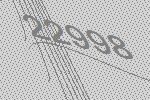
22998